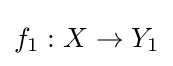
f_{1}:X\to Y_{1}